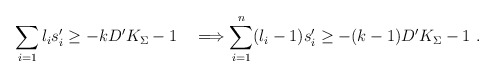
\begin{align*}\sum_{i=1}l_is'_i\ge-kD'K_\Sigma-1\quad\Longrightarrow\sum_{i=1}^n(l_i-1)s'_i\ge-(k-1)D'K_\Sigma-1\ .\end{align*}